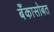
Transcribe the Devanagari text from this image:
बँकासोबत